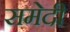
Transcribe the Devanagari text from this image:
समेदी